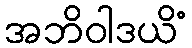
အဘိဝါဒယိံ